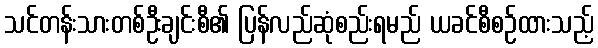
သင်တန်းသားတစ်ဦးချင်းစီ၏ ပြန်လည်ဆုံစည်းရမည် ယခင်စီစဉ်ထားသည့်